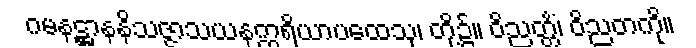
ဂမနဋ္ဌာနနိသဇ္ဇာသယနဣရိယာပထေသု၊ တို့၌။ ဝိညတ္တိံ၊ ဝိညတကို။